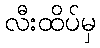
လီးထိပ်မှ